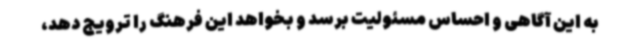
به این آگاهی و احساس مسئولیت برسد و بخواهد این فرهنگ را ترویج دهد،